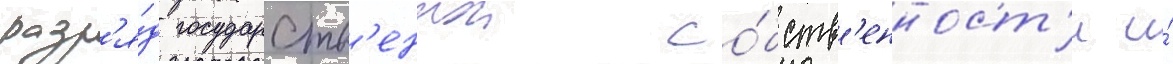
разр'я́д государств'еннои со́бств'енност'и и́